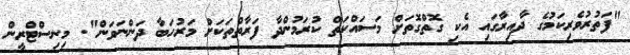
"ފަތުރުވެރިކަމުގެ ދާއިރާގައި އެކި ގޮތްގޮތަށް މަސައްކަތް ކުރަމުންދާ ފަރާތްތަކަށް މަރުހަބާ ދަންނަވަން". މިނިސްޓްރީން